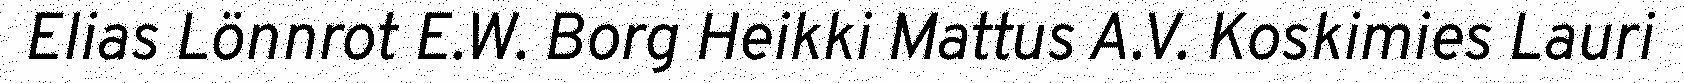
Elias Lönnrot E.W. Borg Heikki Mattus A.V. Koskimies Lauri